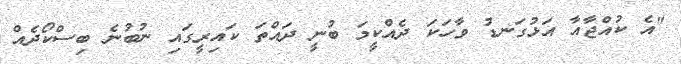
"އެ ކުއްޖާއާ އަޅުގަނޑު ވާހަކަ ދެއްކީމަ ބުނީ ދައްތަ ކައިރީގައި ނުބުނެ ބިސްކޯދެއް